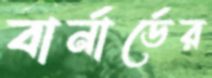
বার্নার্ডের